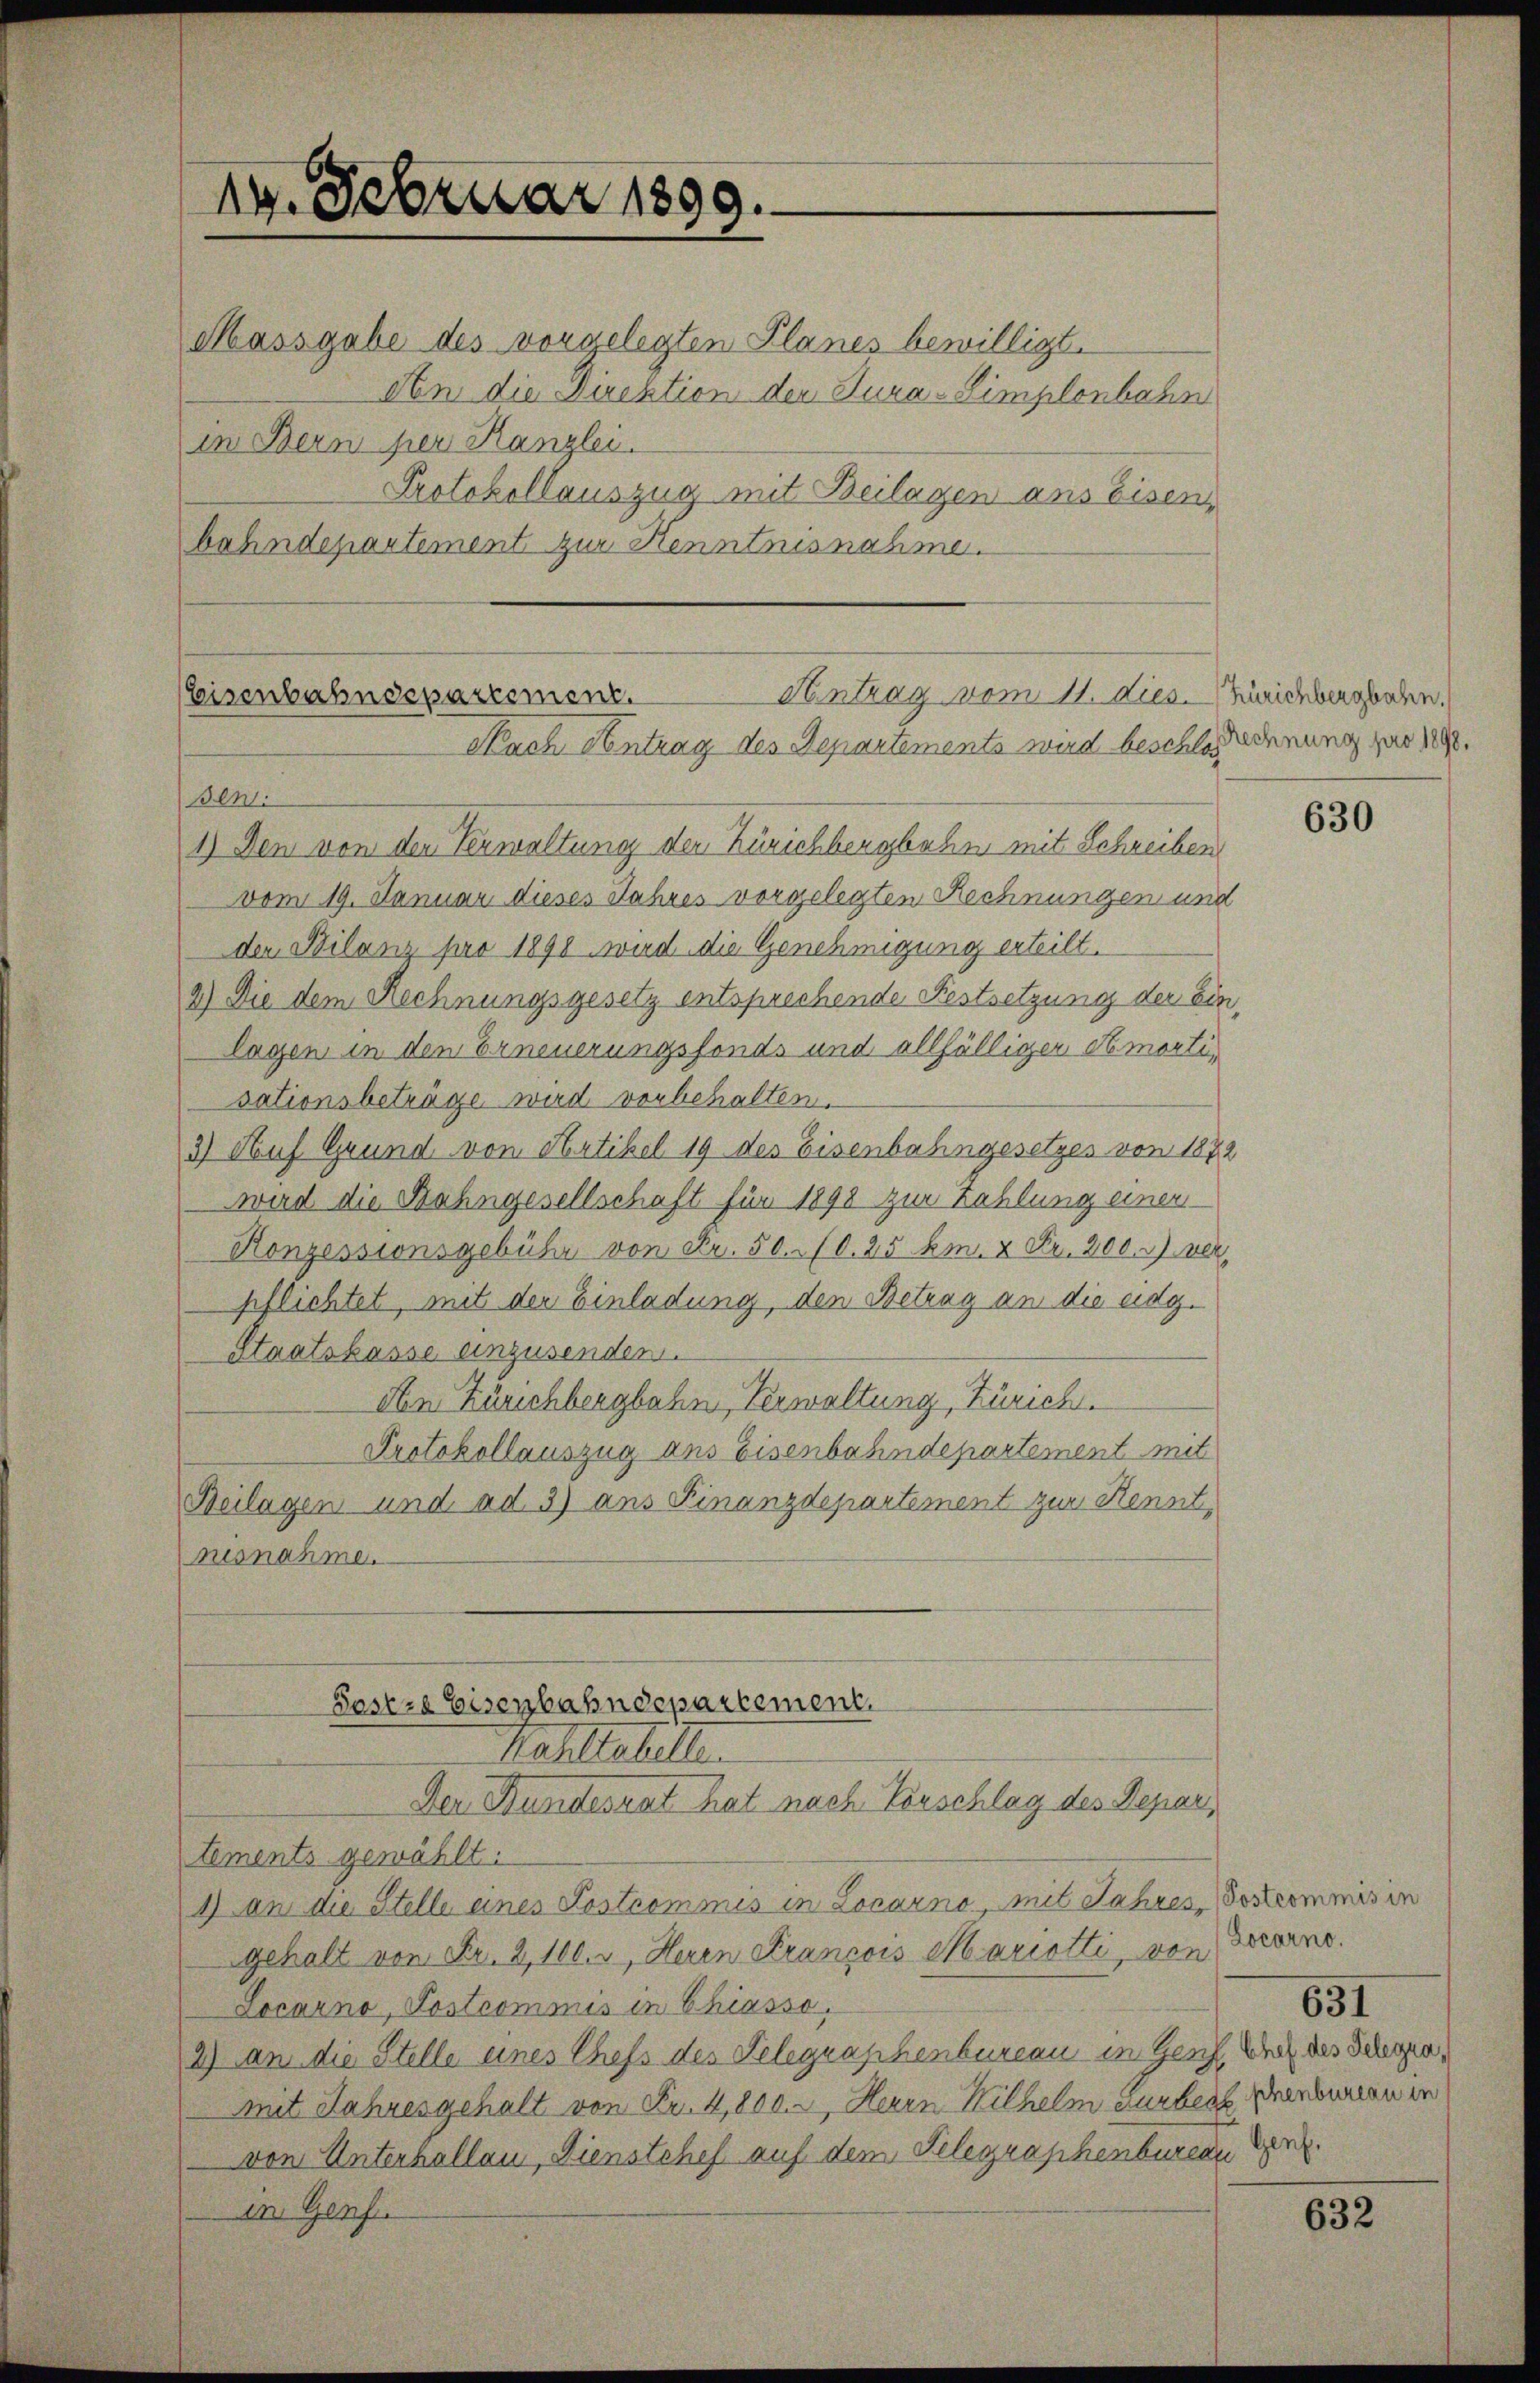
14. Februar 1899.
Massgabe des vorgelegten Planes bewilligt.
in Bern her Kanzlei.
bahndepartement zur Kenntnisnahme.

Hentrag vom 11. dies. Beidbergbahn.
Eisenbahndepartement.
Nach Antrag des Departements wird beschloß schnung par 1890.

Bent
1.) Den von den Verwaltung den Zürichbergbahn mit Schreiben
vom 19. Januar dieses Jahres vorgelegten Rechnungen und
der Bilanz pro 1890 wird die Genehmigung erteilt.
2) Die dem Rechnungsgesetz entsprechende Festsetzung der einlagen in den Erneuerungsfonds und allfälliger Amortisationsbeträge wird vorbehalten.
3) Auf Grund von Artikel 19 des Eisenbahngesetzes von 1872
wird die Bahngesellschaft für 1898 zur Zahlung einer
Konzessionsgebühr von Fr. 50. 10. 25 Am. 2 Fr. 200. ver
pflichtet, mit der Einladung, den Betrag an die eidg.
Staatskasse einzusenden.
An Zürichbergbahn, Verwaltung, Zürich.
Protokollauszug aus Eisenbahndepartement mit
Beilagen und ad 3) ans Finanzdepartement zur Kennt,
nisnahme.
Pasers Eisenbahndepartement.
Mahllebelt.
Der Bundesrat hat nach Vorschlag des Depar
tements gewählt.
1) an die Stelle eines Postrommis in Locarno, mit Jahres Postcommis in
gehalt von Fr. 2100. r, Heren Francois Mariotti, von Locarno.
Locarno, Postcommis in Chiasso,
2) an die Stelle eines Chefs des Telegraphenbureau in Genf, Buch des Schopa,
mit Jahresgehalt von Fr. 4,800.-, Herrn Wilhelm Lunheit schenbureau in
von Unterhallen, Dienstchef auf dem Gelegraphenbureau der
in Genf

An die Direktion der Jura-Simplonbahn
Protokollauszug mit Beilagen ans Eisen,

630

631

632